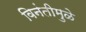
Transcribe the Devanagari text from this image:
विनंतीमुळे